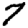
Digit: 7